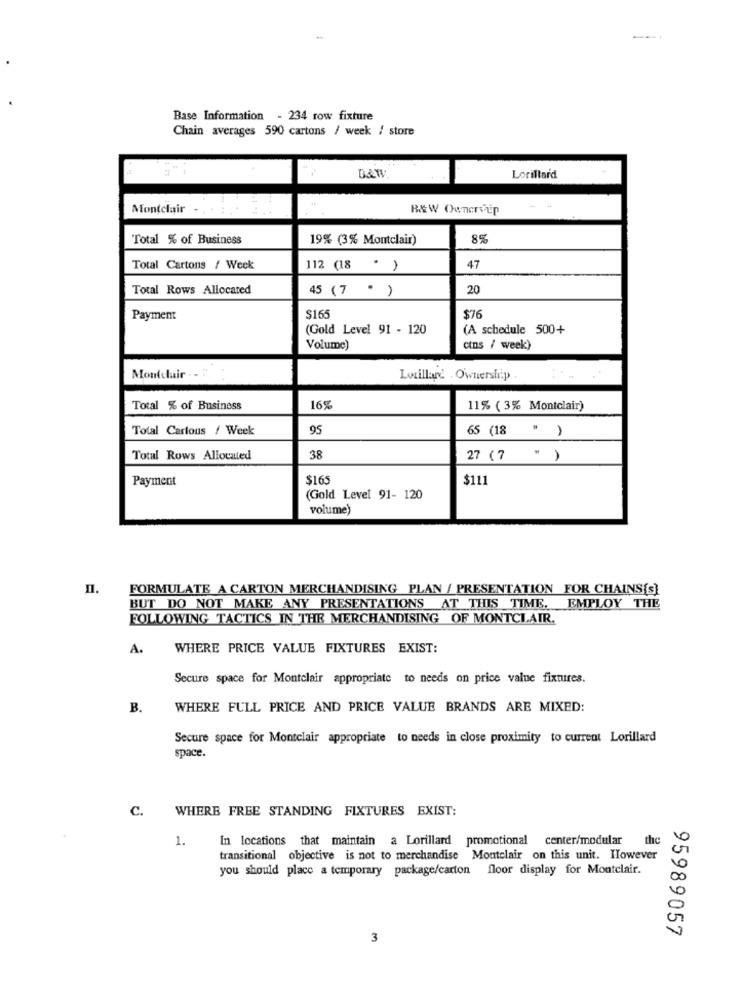
Base Information - 234 row fixture
Chain averages 590 cartons / week / store
B&W
Lorillard
Montclair - . .
B&W Ownervip
Total % of Business
19% (3% Montclair)
8%
Total Cartons / Week
112 (18 ' )
47
Total Rows Allocated
45 (7 " )
20
Payment
$165
$76
(Gold Level 91 - 120
(A schedule 500+
Volume)
ctns / week)
Montclair .
Lorillard . Ownership .
Total % of Business
16%
11% ( 3% Montclair)
Total Cartous / Week
95
65 (18 " )
Total Rows Allocated
38
27 (7 " )
Payment
$165
$111
(Gold Level 91- 120
volume)
I.
FORMULATE A CARTON MERCHANDISING PLAN / PRESENTATION FOR CHAINS[s]
BUT DO NOT MAKE ANY PRESENTATIONS AT THIS TIME, EMPLOY THE
FOLLOWING TACTICS IN THE MERCHANDISING OF MONTCLAIR.
A.
WHERE PRICE VALUE FIXTURES EXIST:
Secure space for Montclair appropriate to needs on price value fixtures.
B.
WHERE FULL PRICE AND PRICE VALUE BRANDS ARE MIXED:
Secure space for Montclair appropriate to needs in close proximity to current Lorillard
space.
C.
WHERE FREE STANDING FIXTURES EXIST:
1.
In locations that maintain a Lorillard promotional center/modular
the
transitional objective is not to merchandise Montclair on this unit. However
you should place a temporary package/carton floor display for Montclair.
95989057
3